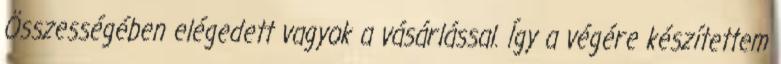
Összességében elégedett vagyok a vásárlással. Így a végére készítettem